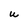
Character: w